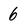
Character: 6